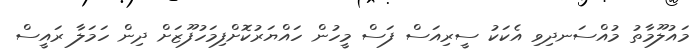
މައުލޫމާތު މުއްސަނދިވި އެކަކު ސީރިއަސް ފަސް މީހުން ހައްޔަރުކޮށްފިމަހުފޫޒަށް ދިން ހަމަލާ ރައީސް